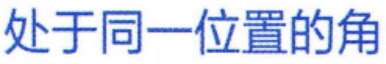
处于同一位置的角